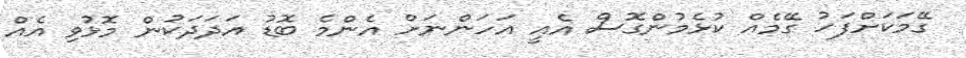
ގޭމަކަށްފަހު ގޭމެއް ކުޅެމުންގޮސް އެއީ އަހަންނަށް އެންމެ ބޮޑު އަދަދަކުން މޮޅުވި އެއް